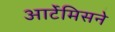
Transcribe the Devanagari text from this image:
आर्टेमिसने